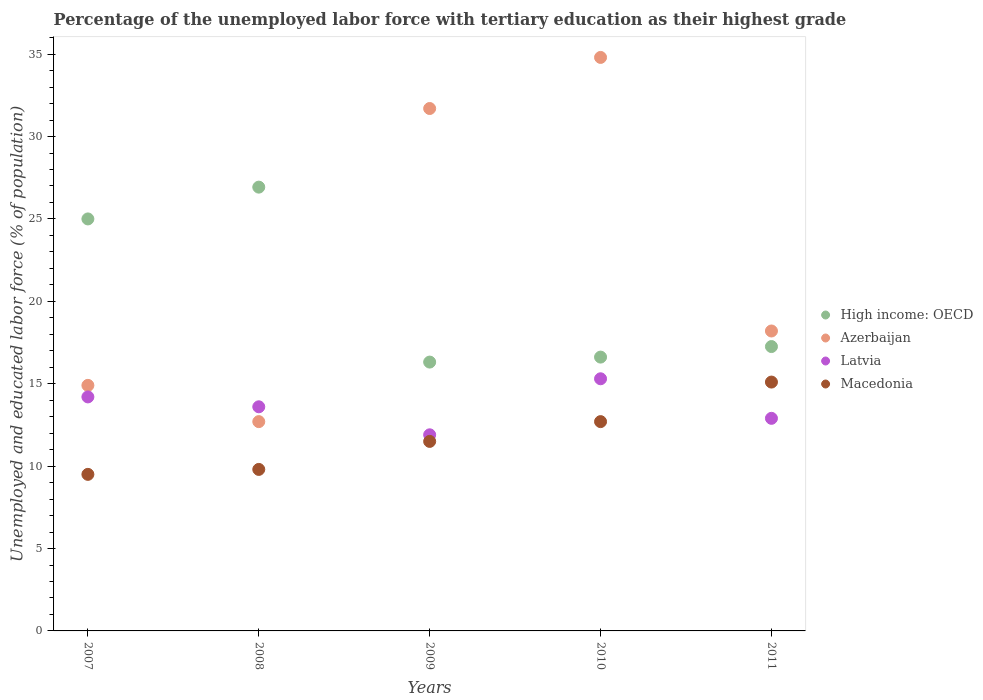
| Years | High income: OECD | Azerbaijan | Latvia | Macedonia |
 | --- | --- | --- | --- | --- |
 | 2007 | 25 | 14.9 | 14.2 | 9.5 |
 | 2008 | 26.9 | 12.7 | 13.6 | 9.8 |
 | 2009 | 16.3 | 31.7 | 11.9 | 11.5 |
 | 2010 | 16.6 | 34.8 | 15.3 | 12.7 |
 | 2011 | 17.3 | 18.2 | 12.9 | 15.1 |